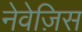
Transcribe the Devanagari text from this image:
नेवेज़िस